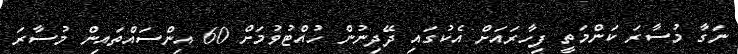
ނަގާ މުސާރަ ކަންމަތީ ފިހާރައަށް އެކުގައި ދޭދިނުން ހުއްޓުވުމަށް 60 އިންސައްތައިން މުސާރަ